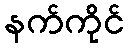
နက်ကိုင်